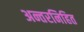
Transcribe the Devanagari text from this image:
अन्तरनिहित